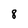
Character: 8